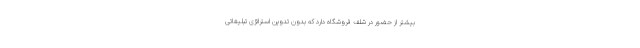
بیشتر از حضور در شلف فروشگاه دارد که بدون تدوین استراتژی تبلیغاتی